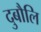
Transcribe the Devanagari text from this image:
दुबौलि